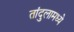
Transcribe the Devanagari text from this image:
तांदुलामध्ये